On kala azar, malaria and malarial cachexia - Number 19
Disease focus: Malaria
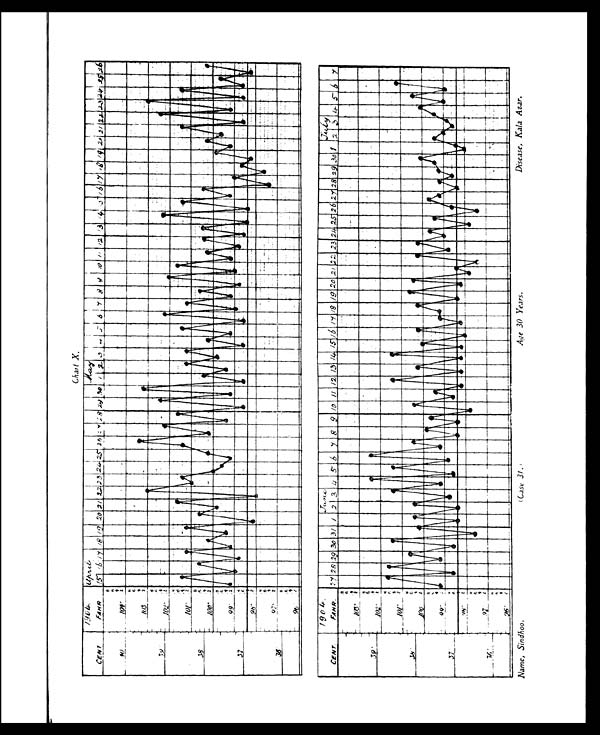
Chart X.
Name, Sindhoo.
(Case 31.)
Age 30 Years.
Disease, Kala Azar.